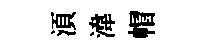
湏湋帽